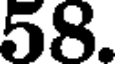
58.